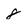
Character: 8